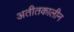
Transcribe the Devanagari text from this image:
अतीतकालीन